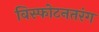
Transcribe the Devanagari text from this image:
विस्फोटनतरंग